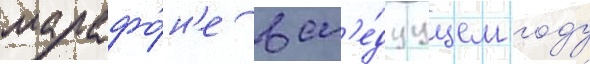
марафо́н'е в сл'е́дуущем году